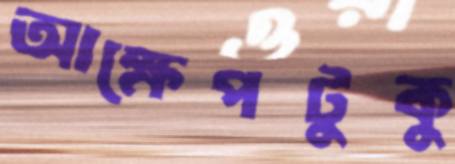
আক্ষেপটুকু